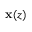
\mathbf { x } ( z )